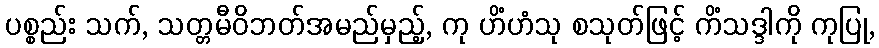
ပစ္စည်း သက်, သတ္တမီဝိဘတ်အမည်မှည့်, ကု ဟိံဟံသု စသုတ်ဖြင့် ကိံသဒ္ဒါကို ကုပြု,